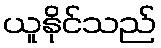
ယူနိုင်သည်